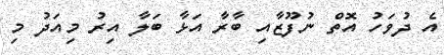
އެ ދުވަހު އޮތް ނުފޫޒާއި ބާރާ އަޅާ ބަލާ އިރު މިއަދު މި